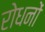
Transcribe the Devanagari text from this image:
रोधनों